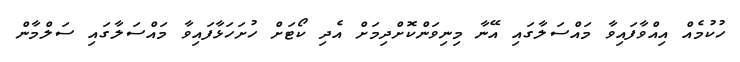
ހުކުމެއް އިއްވާފައިވާ މައްސަލާގައި އޭނާ މިނިވަންކޮށްދިމަށް އެދި ކޯޓަށް ހުށަހަޅާފައިވާ މައްސަލާގައި ސަލްމާން